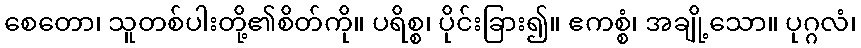
စေတော၊ သူတစ်ပါးတို့၏စိတ်ကို။ ပရိစ္စ၊ ပိုင်းခြား၍။ ဧကစ္စံ၊ အချို့သော။ ပုဂ္ဂလံ၊